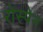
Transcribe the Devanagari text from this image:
रोस्पेन